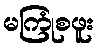
မကြုံစဖူး